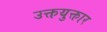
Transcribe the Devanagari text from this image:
उक्तयुक्तार